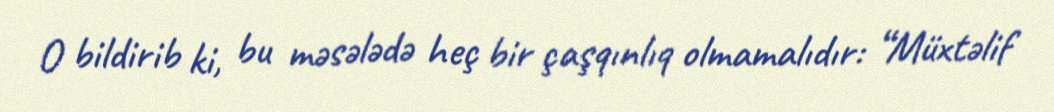
O bildirib ki, bu məsələdə heç bir çaşqınlıq olmamalıdır: “Müxtəlif